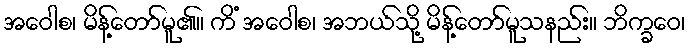
အဝေါစ၊ မိန့်တော်မူ၏။ ကိံ အဝေါစ၊ အဘယ်သို့ မိန့်တော်မူသနည်း။ ဘိက္ခဝေ၊